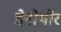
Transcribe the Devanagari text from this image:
डेनोथोर